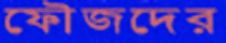
ফৌজদের